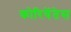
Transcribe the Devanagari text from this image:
कोरियेंतेस